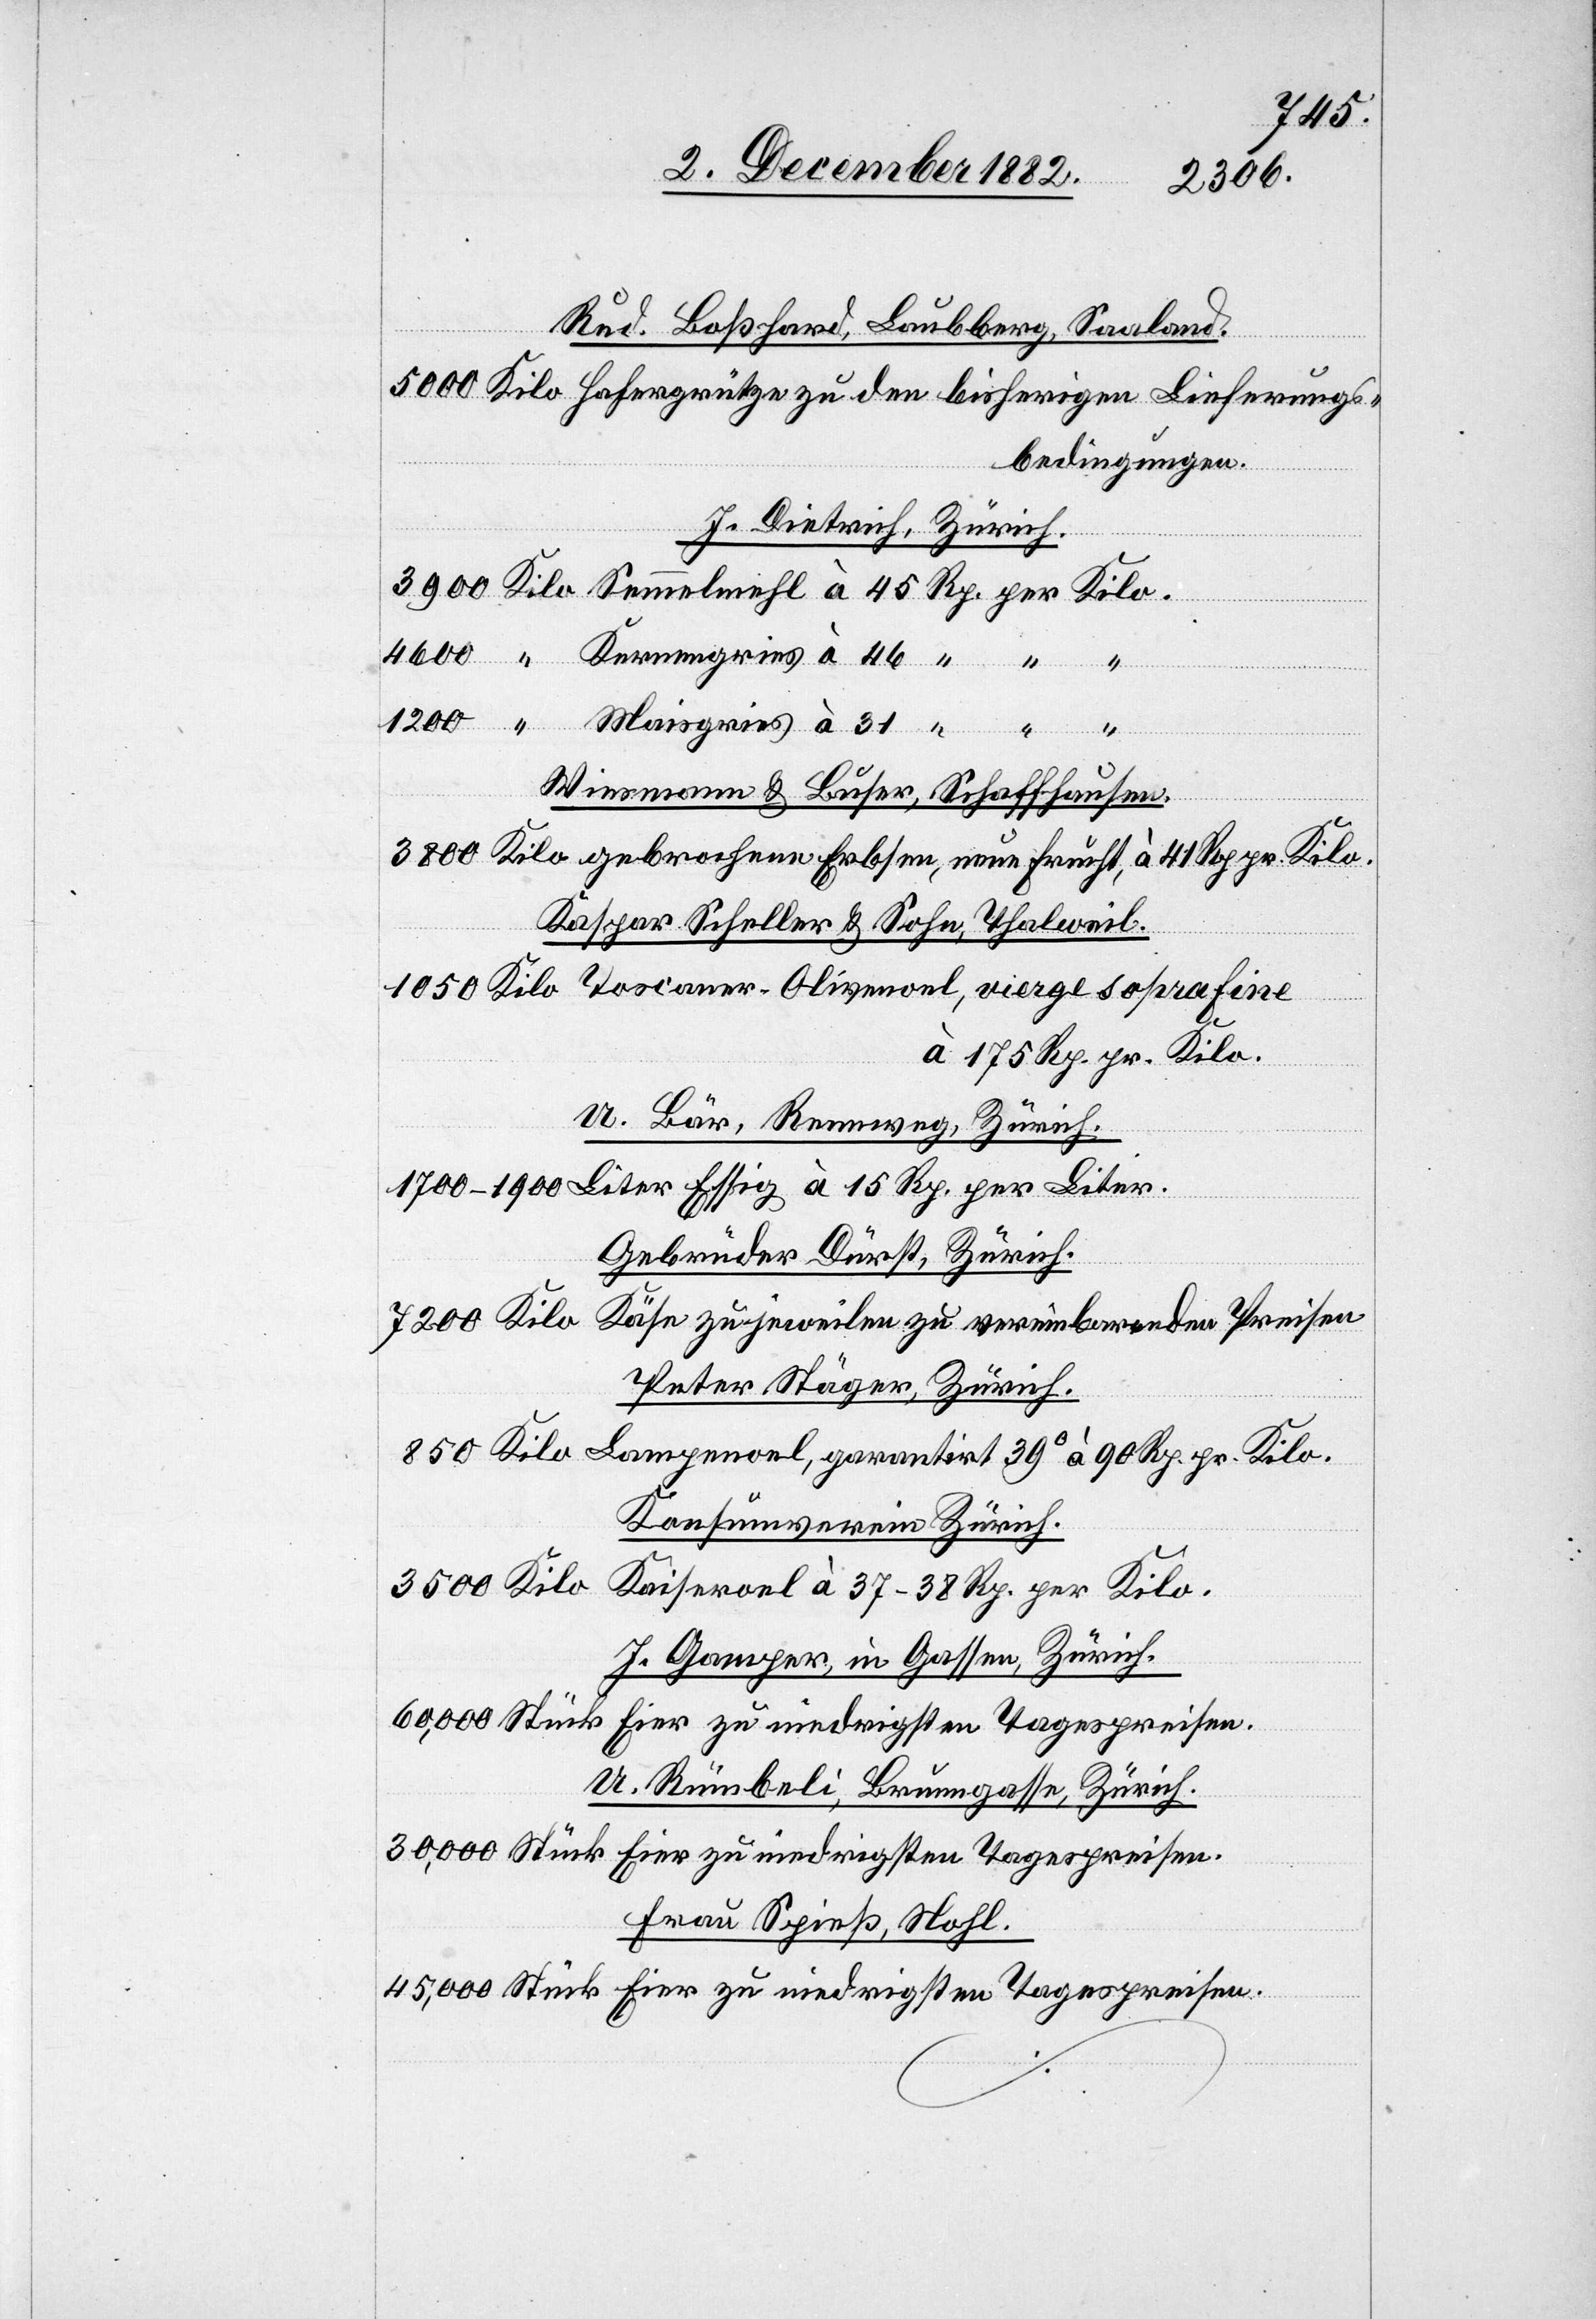
1050
Rud. Boßhard, Laubberg, Saaland.
fine
bedingungen.
J. Dietrich, Zürich.
Liter.
Wiesmann & Buser, Schaffhausen.
Kaspar Scheller & Sohn, Thalweil.
à 175 Rp. pr. Kilo.
U. Bär, Rennweg, Zürich.
Gebrüder Dürst, Zürich.
Käse zu jeweilen zu vereinbarenden Preisen.
7200 Kilo
Peter Stäger, Zürich.
850 Kilo Lampenoel, garantirt 39° à 90 Rp. pr. Kilo.
Konsumverein Zürich.
3500 Kilo
Kaiseroel à 37–38 Rp. per. Kilo.
J. Gamper, in Gassen, Zürich.
60,000 Stück Eier zu niedrigsten Tagespreisen.
U. Rümbeli, Brunngasse, Zürich.
30,000 Stück Eier zu niedrigsten Tagespreisen.
Frau Spieß, Nohl.
45,000 Stück Eier zu niedrigsten Tagespreisen.